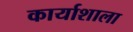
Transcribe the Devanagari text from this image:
कार्याशाला